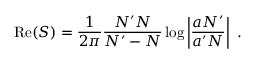
{ \mathrm { R e } } ( S ) = { \frac { 1 } { 2 \pi } } { \frac { N ^ { \prime } N } { N ^ { \prime } - N } } \log \left| { \frac { a N ^ { \prime } } { a ^ { \prime } N } } \right| ~ .